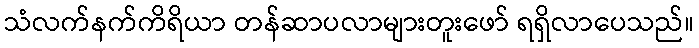
သံလက်နက်ကိရိယာ တန်ဆာပလာများတူးဖော် ရရှိလာပေသည်။